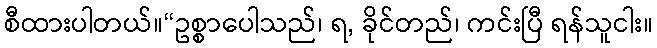
စီထားပါတယ်။“ဥစ္စာပေါသည်၊ ရ, ခိုင်တည်၊ ကင်းပြီ ရန်သူငါး။